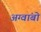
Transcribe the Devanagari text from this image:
अग्वांबो